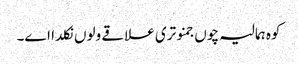
کوہ ہمالیہ چوں جمنوتری علاقے ولوں نکلدا اے۔